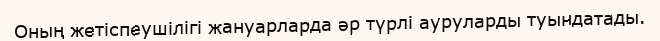
Оның жетіспеушілігі жануарларда әр түрлі ауруларды туындатады.